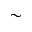
\sim